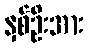
နှစ်ဦးအား